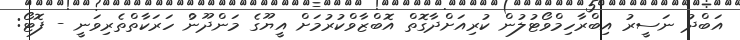
އަބްދު ނަސީރު އިބްރާހިމްވޯޓުލުން ކުރިއަށްދާގޮތް އޮބްޒާވްކުރުމަށް އީޔޫގެ މަންދޫނުް ހަރަކާތްތެރިވަނީ - ފޮޓޯ: